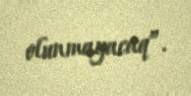
olunmayacaq”.